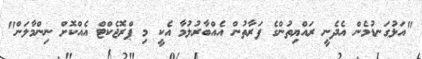
"އަޅުގަނޑުމެން އެދެނީ ރައްޔިތުންގެ ފަރާތުން އެއްބާރުލުމާ އެކީ މި ޕްރޮޖެކްޓް އެއްކޮށް ނިންމާލަން"